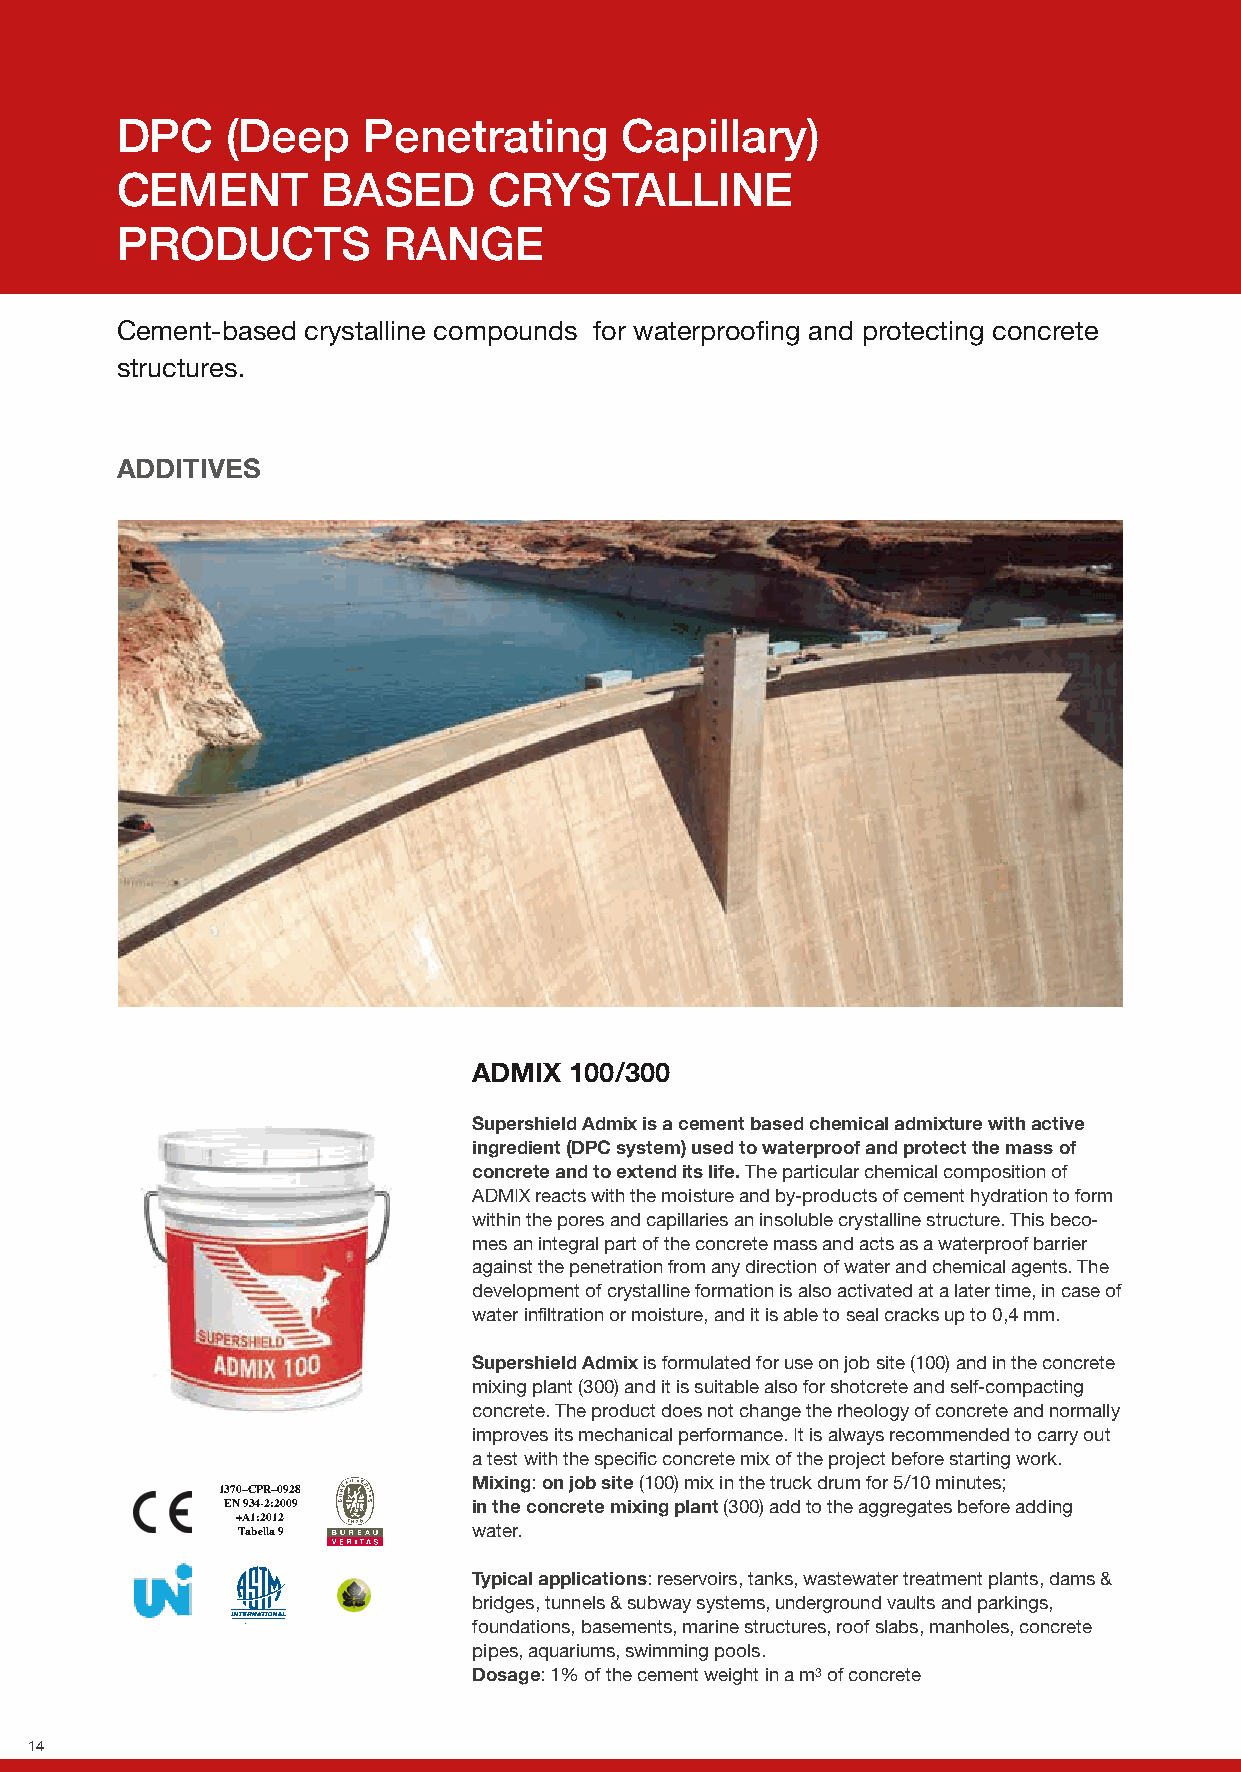
DPC    (Deep    Penetrating      Capillary)
 CEMENT       BASED      CRYSTALLINE
 PRODUCTS         RANGE
 Cement-based crystalline compounds for waterproofing and protecting concrete
 structures.
 ADDITIVES
 ADMIX  100/300
 Supershield Admix is a cement based chemical admixture with active
 ingredient (DPC system) used to waterproof and protect the mass of
 concrete and to extend its life. The particular chemical composition of
 ADMIX reacts with the moisture and by-products of cement hydration to form
 within the pores and capillaries an insoluble crystalline structure. This beco-
 mes an integral part of the concrete mass and acts as a waterproof barrier
 against the penetration from any direction of water and chemical agents. The
 development of crystalline formation is also activated at a later time, in case of
 water infiltration or moisture, and it is able to seal cracks up to 0,4 mm.
 Supershield Admix is formulated for use on job site (100) and in the concrete
 mixing plant (300) and it is suitable also for shotcrete and self-compacting
 concrete. The product does not change the rheology of concrete and normally
 improves its mechanical performance. It is always recommended to carry out
 a test with the specific concrete mix of the project before starting work.
 Mixing: on job site (100) mix in the truck drum for 5/10 minutes;
 1370–CPR–0928
 EN 934-2:2009   in the concrete mixing plant (300) add to the aggregates before adding
 +A1:2012
 Tabella 9      water.
 Typical applications: reservoirs, tanks, wastewater treatment plants, dams &
 bridges, tunnels & subway systems, underground vaults and parkings,
 foundations, basements, marine structures, roof slabs, manholes, concrete
 pipes, aquariums, swimming pools.
 Dosage: 1% of the cement weight in a m3 of concrete
 14